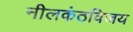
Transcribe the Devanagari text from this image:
नीलकंठविजय